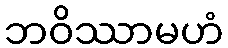
ဘဝိဿာမဟံ